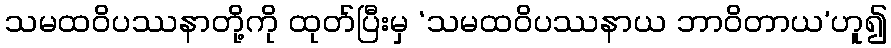
သမထဝိပဿနာတို့ကို ထုတ်ပြီးမှ ‘သမထဝိပဿနာယ ဘာဝိတာယ’ဟူ၍